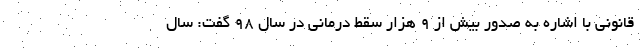
قانونی با اشاره به صدور بیش از ٩ هزار سقط درمانی در سال ٩٨ گفت: سال